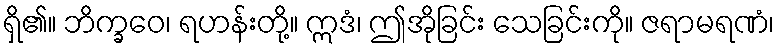
ရှိ၏။ ဘိက္ခဝေ၊ ရဟန်းတို့။ ဣဒံ၊ ဤအိုခြင်း သေခြင်းကို။ ဇရာမရဏံ၊